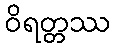
ဝိရတ္တဿ